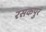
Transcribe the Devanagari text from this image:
रसकपुर